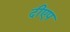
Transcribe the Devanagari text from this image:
दीएप